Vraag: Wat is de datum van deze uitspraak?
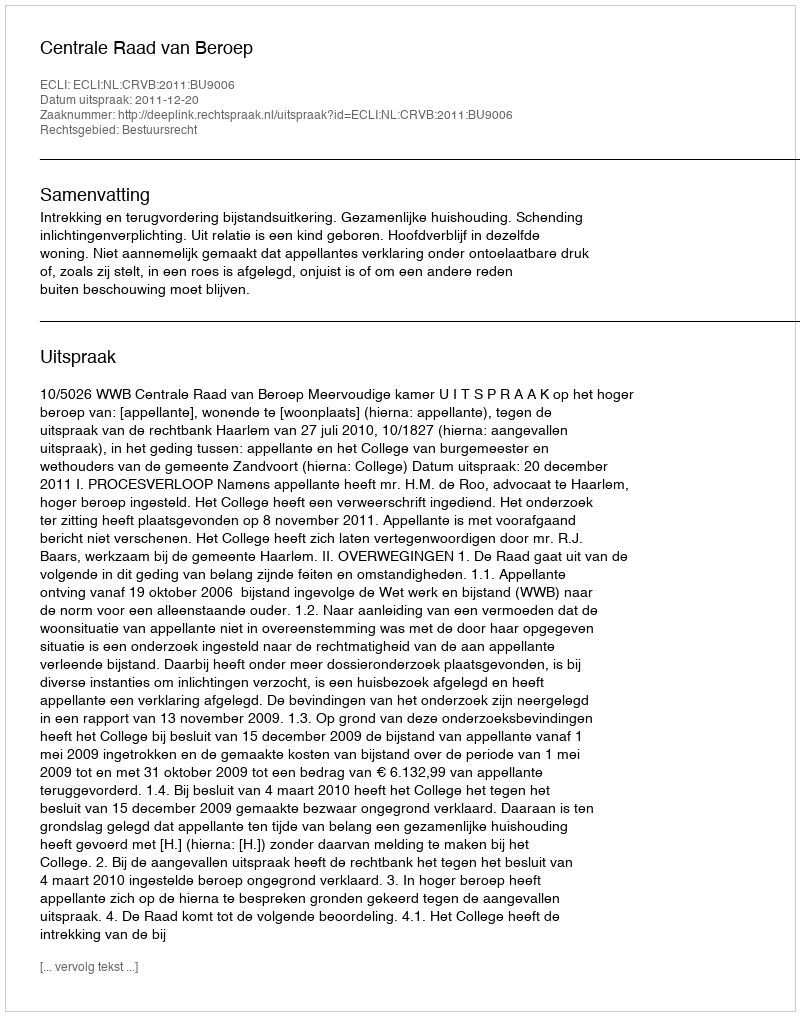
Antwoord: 2011-12-20